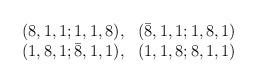
LaTeX: \begin{align*}\begin{array}{rr}(8,1,1;1,1,8),& ({\bar 8},1,1;1,8,1) \\(1,8,1;{\bar 8},1,1),& (1,1,8;8,1,1)\end{array}\end{align*}